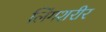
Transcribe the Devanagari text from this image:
लिंगशरीर